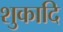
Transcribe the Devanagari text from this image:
शुकादि